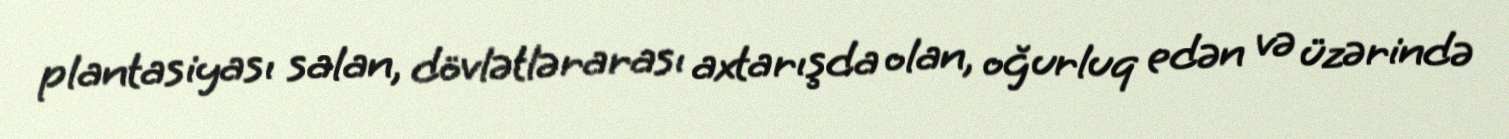
plantasiyası salan, dövlətlərarası axtarışda olan, oğurluq edən və üzərində